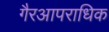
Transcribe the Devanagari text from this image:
गैरआपराधिक